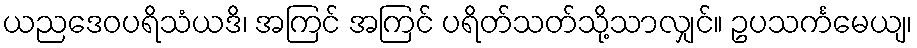
ယညဒေဝပရိသံယဒိ၊ အကြင် အကြင် ပရိတ်သတ်သို့သာလျှင်။ ဥပသင်္ကမေယျ၊